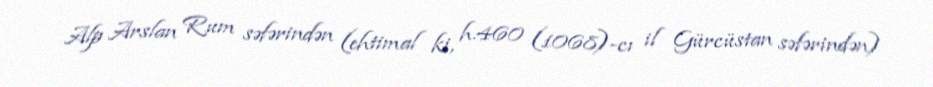
Alp Arslan Rum səfərindən (ehtimal ki, h.460 (1068)-cı il Gürcüstan səfərindən)